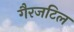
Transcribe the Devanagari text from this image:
गैरजटिल